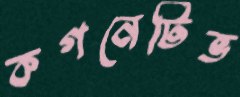
কগনেটিভ